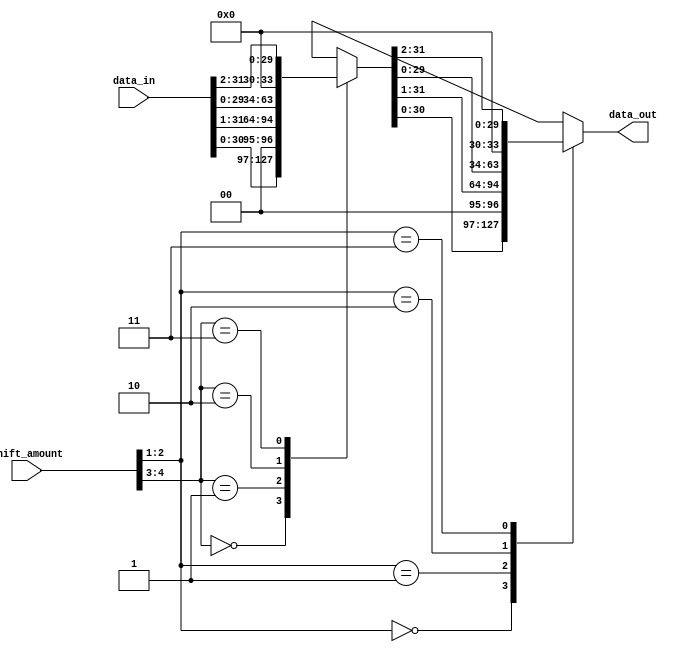
module Barrel_Shifter (
    input [31:0] data_in,
    input [4:0] shift_amount,
    output reg [31:0] data_out
);

// Define the binary tree structure
reg [31:0] temp;

// First level of tree
always @(data_in) begin
    case (shift_amount[4:3])
        2'b00: temp = data_in << 1;
        2'b01: temp = data_in >> 1;
        2'b10: temp = data_in << 2;
        2'b11: temp = data_in >> 2;
    endcase
end

// Second level of tree
always @(temp) begin
    case (shift_amount[2:1])
        2'b00: data_out = temp << 1;
        2'b01: data_out = temp >> 1;
        2'b10: data_out = temp << 2;
        2'b11: data_out = temp >> 2;
    endcase
end

endmodule